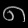
Digit: ၈